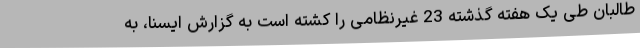
طالبان طی یک هفته گذشته 23 غیرنظامی را کشته است به گزارش ایسنا، به